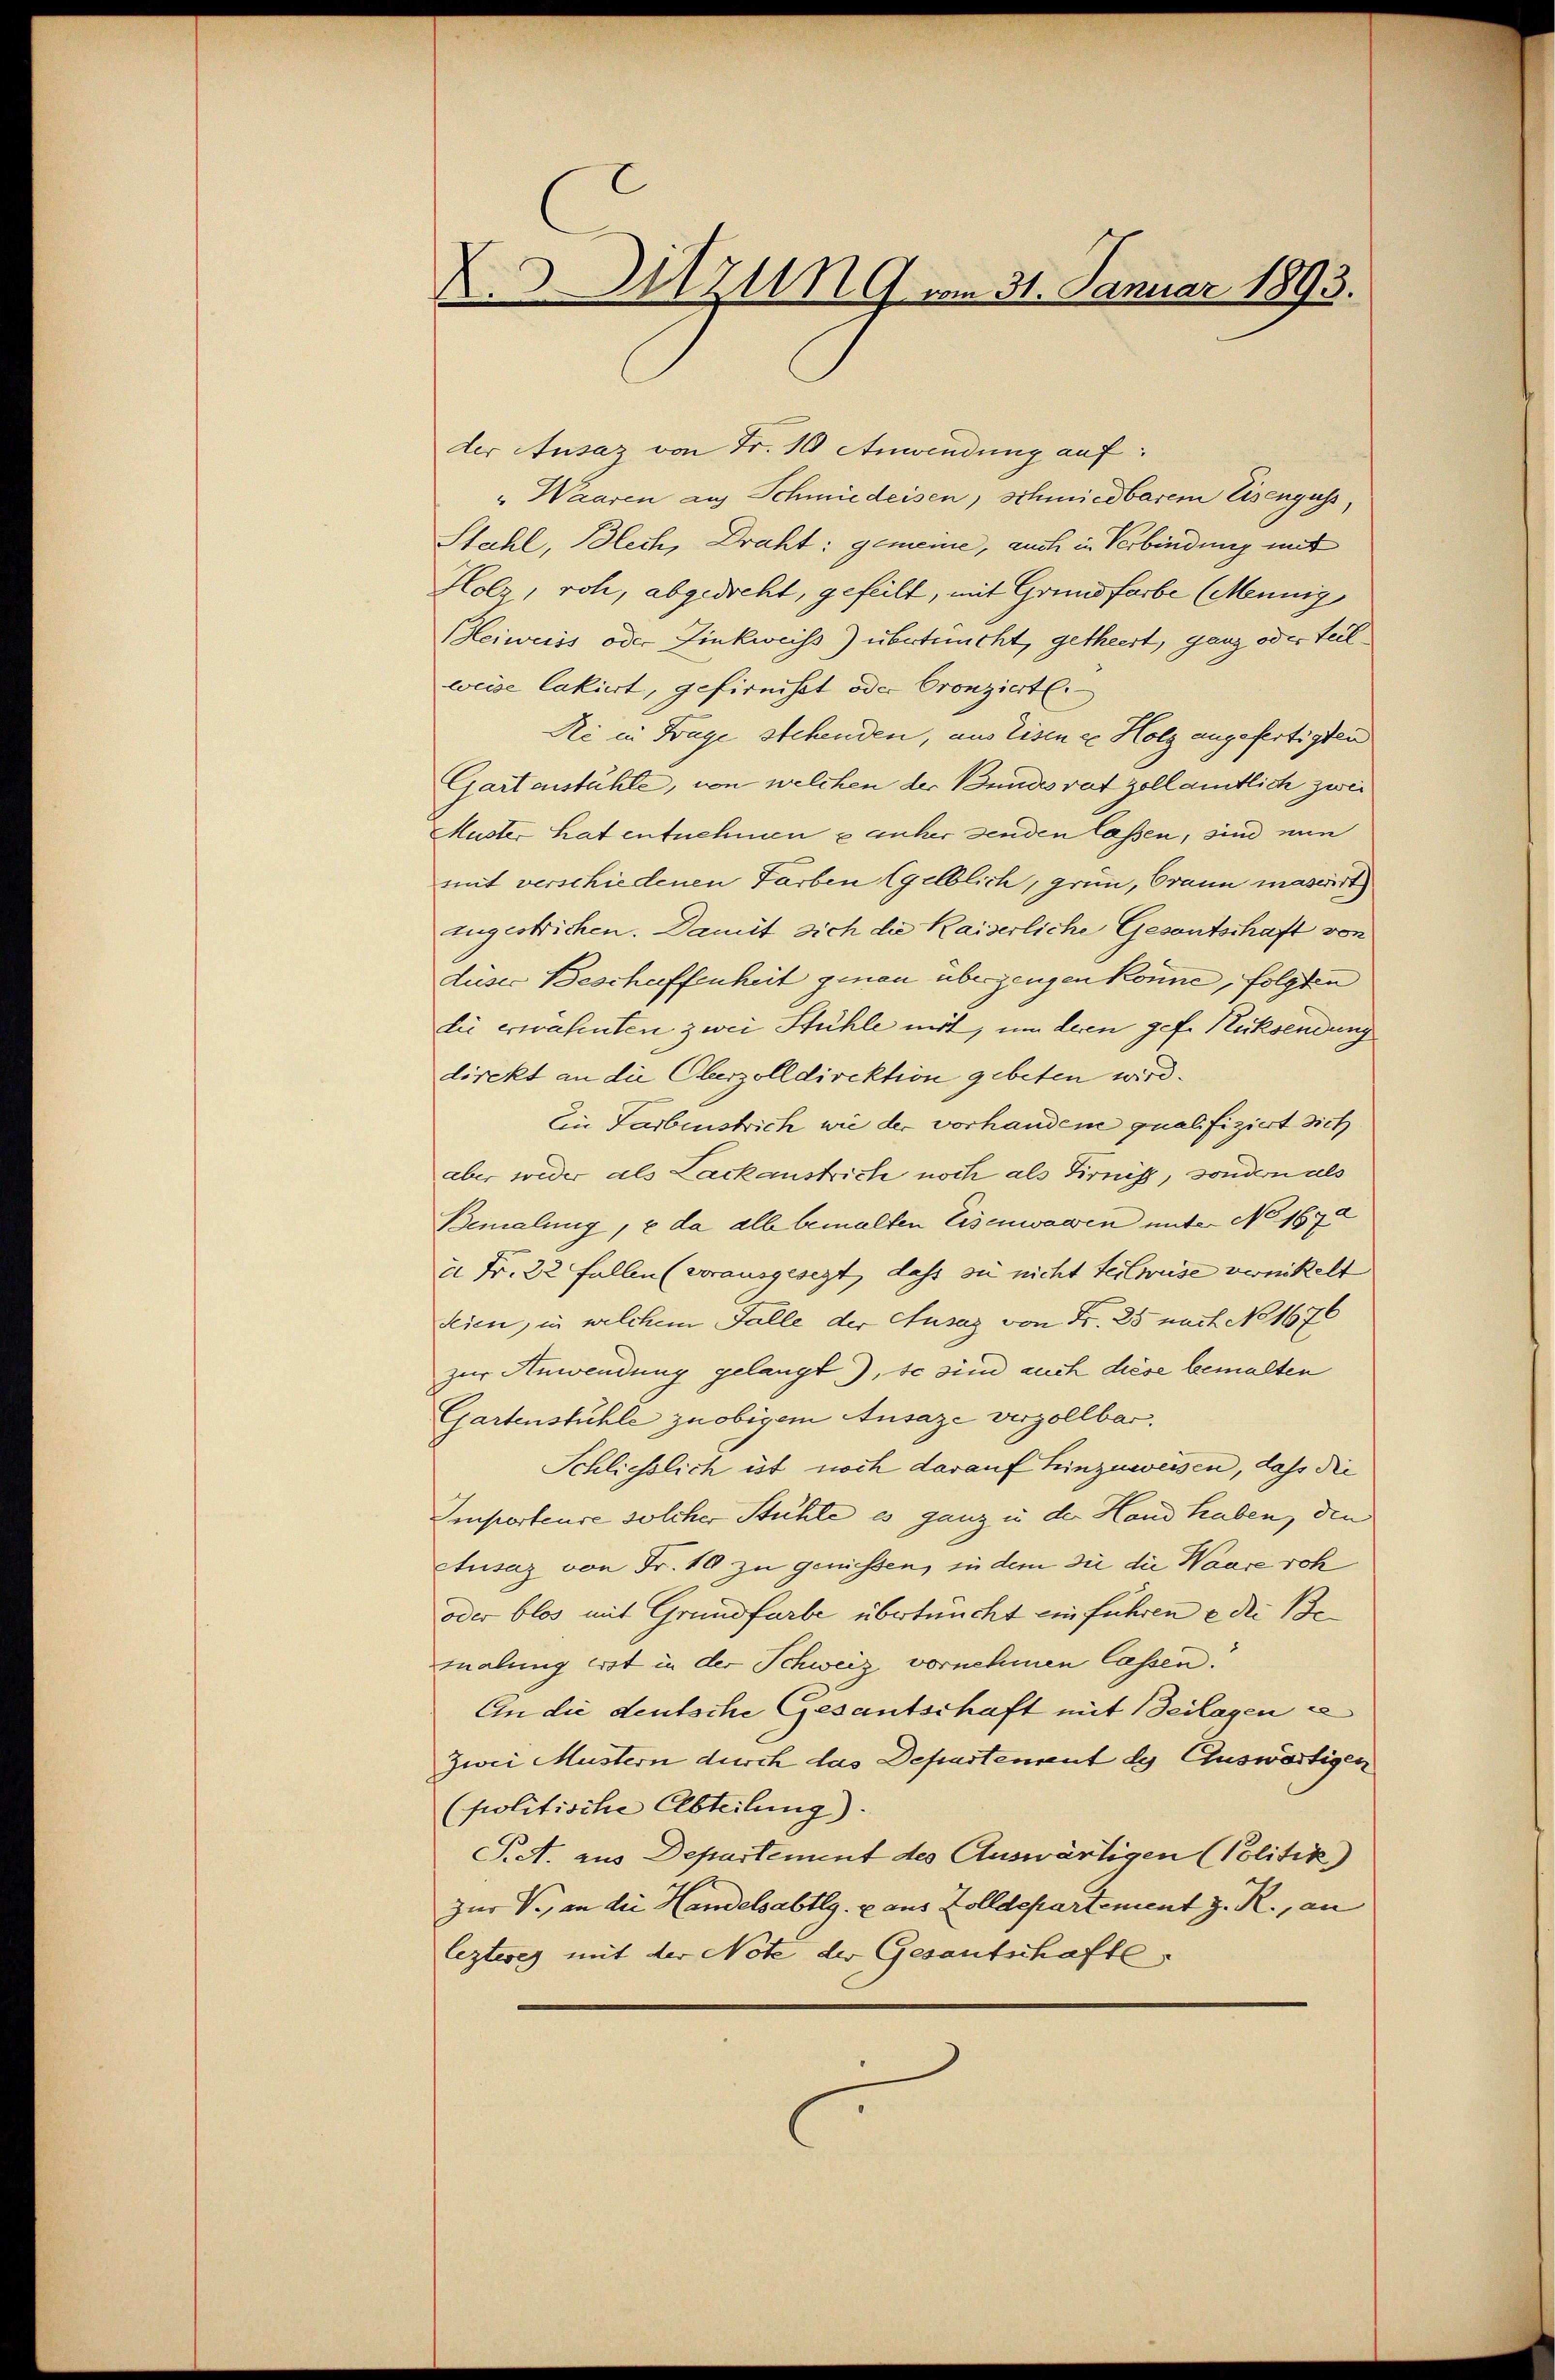
X.3.Nzung vom 31. Januar 1893.

der Ausaz von Fr. 10 Anwendung auf:
" Waaren auf Schmiedeisen, schmiedbarem Eisenguss,
Stahl, Blech, Draht: gemeine, auch in Verbindung mit
Holz, roh, abgedicht, gefeilt, mit Grundfarbe (Mennig
Beiweiss oder Finkweiss) übertüucht, getheert, ganz oder Teilweise lakirt, gefirnisst oder Cronziert.
Ni in Frage stehenden, aus Eisen ze Holz angefertigten
Gartenstühle, von welchen der Bundesrat zoll amtlich zwei
Muster hat entnehmen & anher senden lassen, sind nun
mit verschiedenen Farben (gelblich, grün, Orann massiert
zugestrichen. Damit sich die Kaiserliche Gesantschaft von
dieser Beschaffenheit genau überzeugen könne, folgten
die erwähnten zwei Stühle mit, um deren gefe Rücksendung
direkt an die Oberzolldirektion gebeten wird.
Ein Farbenstrich wie der vorhandene qualifiziert sich
aber wider als Lackaustriche noch als Firniss, sondern als
Bemalung, u da alle bemalten Eisenwaren unter No. 1672
x Fr. 22 Fallen (vorausgesezt, dass sie nicht teilweise verwickelt
Seien, in welchem Falle der Ausaz von Fr. 25 nach No 1676
zur Anwendung gelangt.), so sind auch diese bemalten
Gartenstühle zu obigem Ansaze verzollbar.
Schliesslich ist noch darauf hinzuweisen, daß die
Temporteure solcher Stühle es ganz u der Hand haben, den
Atusaz von Fr. 10 zu genissen, in dem die die Waare soh
oder blos mit Grundfarbe übertaucht einführen u die Bemalung erst in der Schweiz vornehmen lassen.
An die deutsche Gesantschaft mit Beilagen e
zwei Mustern durch das Departement de Auswärtigen
(politische Abteilung).
S.A. aus Departement des Auswärtigen (Politik)
zur V., an die Handelsabtlg. u aus Zolldepartement z. R., an
lezteres mit der Note der Gesantschafte